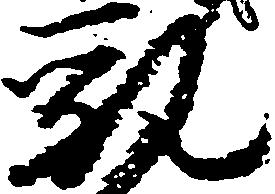
乳